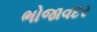
ભોજાવદર